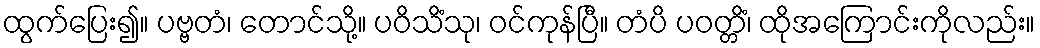
ထွက်ပြေး၍။ ပဗ္ဗတံ၊ တောင်သို့။ ပဝိသိံသု၊ ဝင်ကုန်ပြီ။ တံပိ ပဝတ္တိံ၊ ထိုအကြောင်းကိုလည်း။